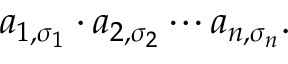
a _ { 1 , \sigma _ { 1 } } \cdot a _ { 2 , \sigma _ { 2 } } \cdots a _ { n , \sigma _ { n } } .